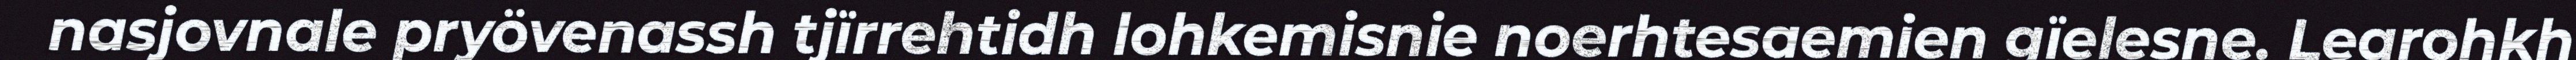
nasjovnale pryövenassh tjïrrehtidh lohkemisnie noerhtesaemien gïelesne. Learohkh